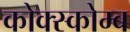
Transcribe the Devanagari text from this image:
कोक्स्कोम्ब